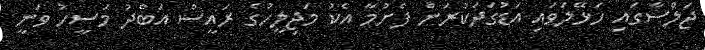
ޖަލްސާގައި ހަޅޭލަވައި އަޑުގަދަކުރަން ފެށުމާ އެކު މަޖިލީހުގެ ރައީސް އަބްދު މަސީހު ވަނީ